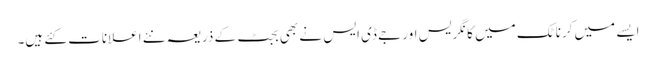
ایسے میں کرناٹک میں کانگریس اور جے ڈی ایس نے بھی بجٹ کے ذریعہ نئے اعلانات کئے ہیں۔